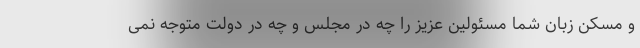
و مسکن زبان شما مسئولین عزیز را چه در مجلس و چه در دولت متوجه نمی